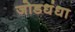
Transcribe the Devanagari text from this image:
जोडधंधा